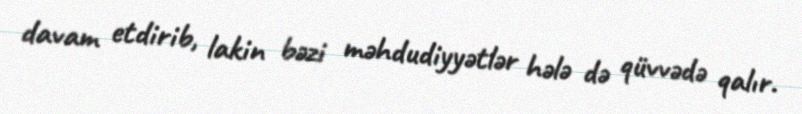
davam etdirib, lakin bəzi məhdudiyyətlər hələ də qüvvədə qalır.